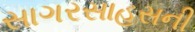
સાગરસાહસની